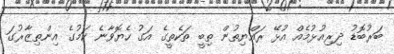
ބަރުބޮޑު ދިރިއުޅުމެއް އުޅޭ ރައްޔިތުން ތިބީ ތަކެތީގެ އަގު ހެޔޮވާނެ ކަމުގެ އިންތިޒާރުގަ